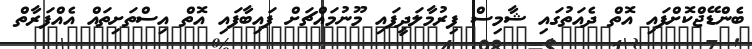
ބެންޑޭޖްކޮށްފައި އޮތް ދެއަތުގައި ޝާމިސް ފިރުމާލަދީފައި މޫނުމައްޗަށް ފައިބާފައި އޮތް އިސްތަށިތައް އެއްފަރާތް